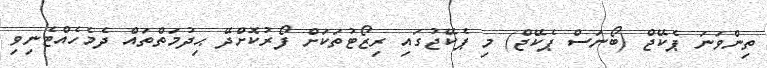
ތިންވަނަ ޕެކޭޖް (ބޯނަސް ޕެކޭޖް) މި ޕެކޭޖުގައި ރިޒޯޓުތަކަށް ފޯރުކޮށްދޭ ޙިދުމަތްތައް ދެމެހެއްޓެނިވި